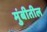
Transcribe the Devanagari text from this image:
मुंबीतील